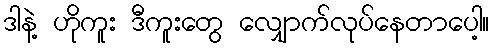
ဒါနဲ့ ဟိုကူး ဒီကူးတွေ လျှောက်လုပ်နေတာပေါ့။